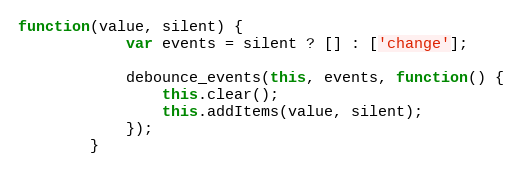
Language: JavaScript
function(value, silent) {
			var events = silent ? [] : ['change'];

			debounce_events(this, events, function() {
				this.clear();
				this.addItems(value, silent);
			});
		}